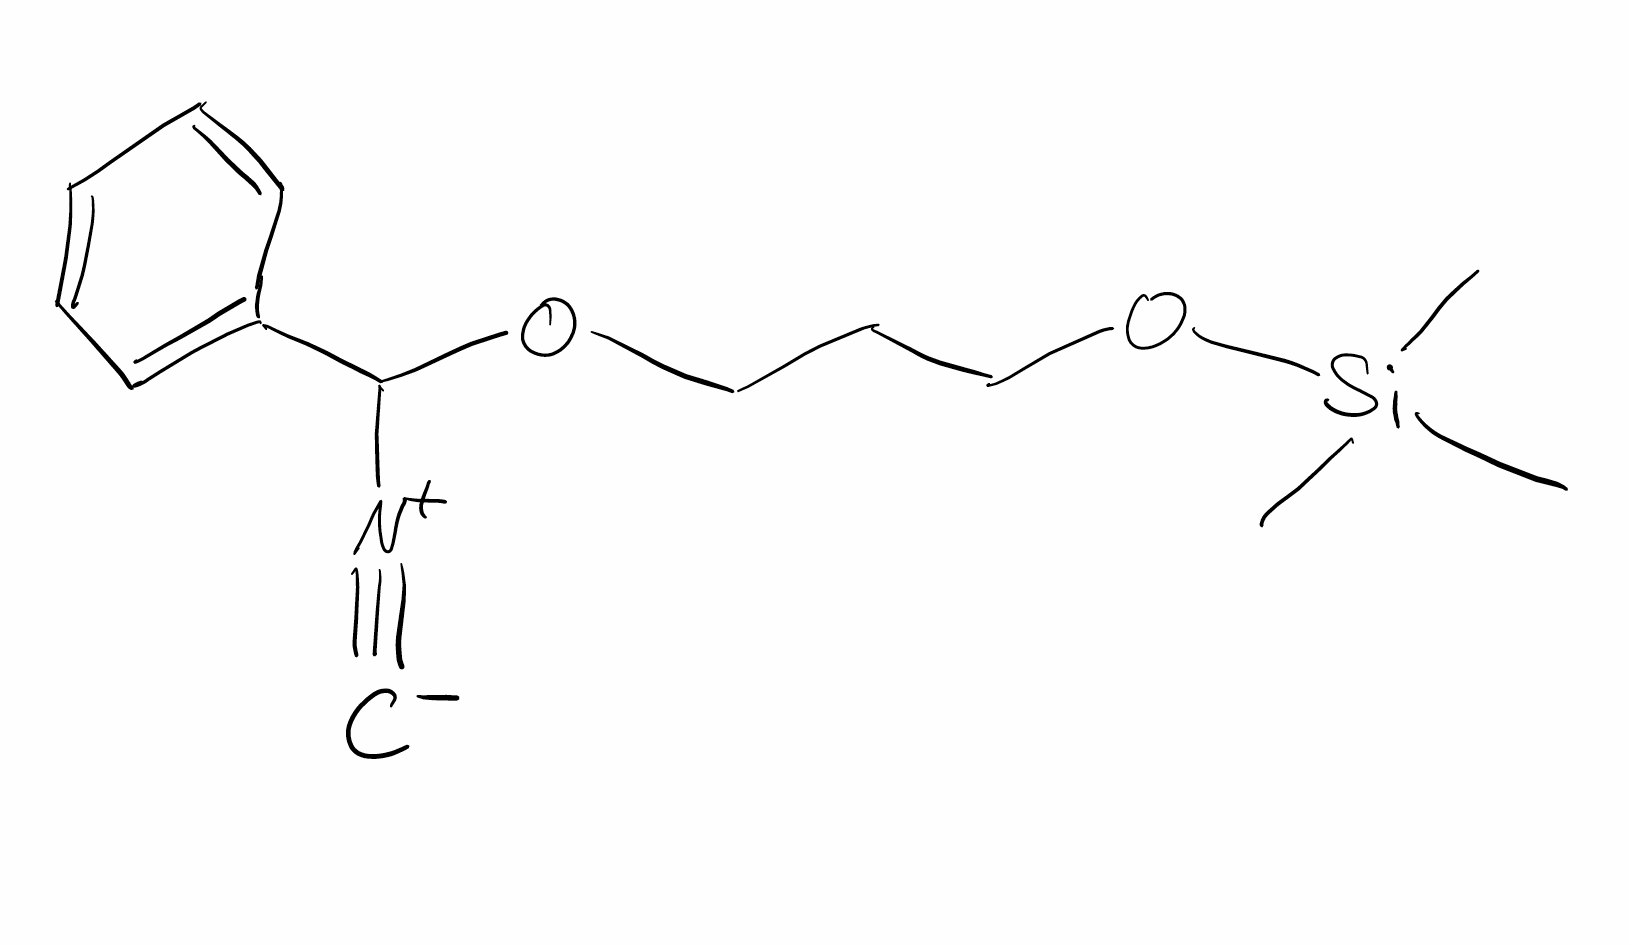
Simplified molecular-input line-entry system (SMILES) notation of the given molecule:
C[Si](C)(C)OCCCOC(C1=CC=CC=C1)[N+]#[C-]